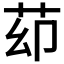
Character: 𦭙